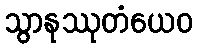
သွာနုဿုတံယေဝ